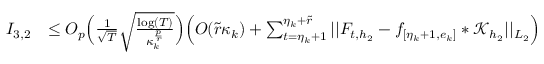
\begin{array} { r l } { I _ { 3 , 2 } } & { \le O _ { p } \Big ( \frac { 1 } { \sqrt { T } } \sqrt { \frac { \log ( T ) } { \kappa _ { k } ^ { \frac { p } { r } } } } \Big ) \Big ( O ( \widetilde { r } \kappa _ { k } ) + \sum _ { t = \eta _ { k } + 1 } ^ { \eta _ { k } + \widetilde { r } } \vert \vert F _ { t , { h _ { 2 } } } - f _ { [ \eta _ { k } + 1 , e _ { k } ] } \ast \mathcal { K } _ { { h _ { 2 } } } \vert \vert _ { L _ { 2 } } \Big ) } \end{array}